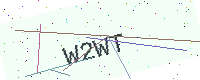
Text: W2WT